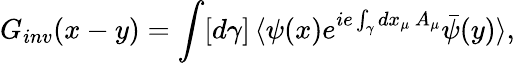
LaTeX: G_{inv}(x-y)=\int[d\gamma]\, \langle\psi(x)e^{ie\int_{\gamma}dx_{\mu}\, A_{\mu}}\bar{\psi}(y)\rangle,